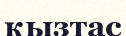
қызтас